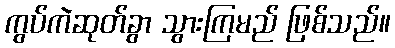
ကွပ်ကဲဆုတ်ခွာ သွားကြမည် ဖြစ်သည်။